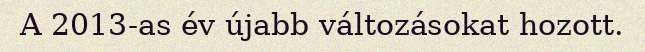
A 2013-as év újabb változásokat hozott.